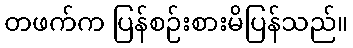
တဖက်က ပြန်စဉ်းစားမိပြန်သည်။